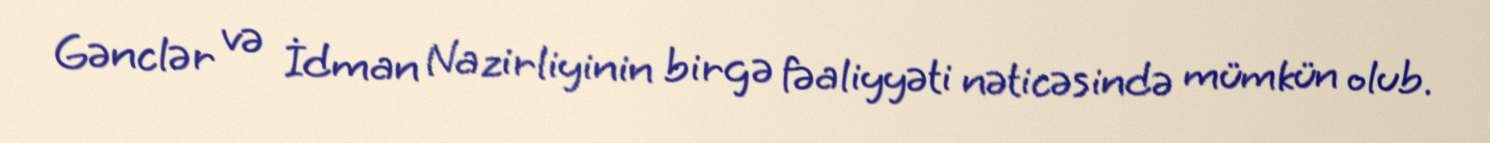
Gənclər və İdman Nazirliyinin birgə fəaliyyəti nəticəsində mümkün olub.